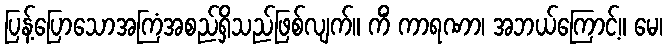
ပြန့်ပြောသောအကြံအစည်ရှိသည်ဖြစ်လျက်။ ကိံ ကာရဏာ၊ အဘယ်ကြောင့်။ မေ၊